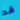
قد